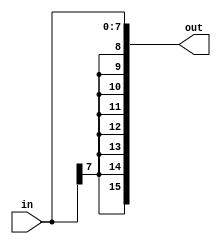
//Still need to verify this works
module sign_extend8bit(in, out);
  
  input [7:0] in;
  output [15:0] out;

  assign out = {{8{in[7]}},in};

endmodule